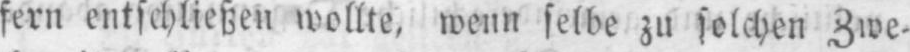
fern entschließen wollte, wenn selbe zu solchen Zwe⸗